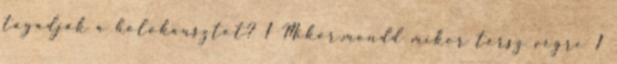
tagadják a holokausztot? 1 Mikor,mondd mikor térsz végre 1